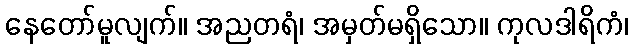
နေတော်မူလျက်။ အညတရံ၊ အမှတ်မရှိသော။ ကုလဒါရိကံ၊